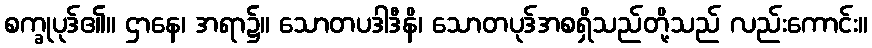
စက္ခုပုဒ်၏။ ဌာနေ၊ အရာ၌။ သောတပဒါဒီနိ၊ သောတပုဒ်အစရှိသည်တို့သည် လည်းကောင်း။